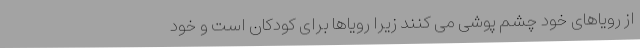
از رویاهای خود چشم پوشی می کنند زیرا رویاها برای کودکان است و خود